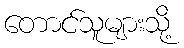
တောင်သူများသို့